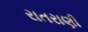
રાતરાણી